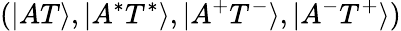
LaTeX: (|AT\rangle,|A^{*}T^{*}\rangle,|A^{+}T^{-}\rangle,|A^{-}T^{+}\rangle)